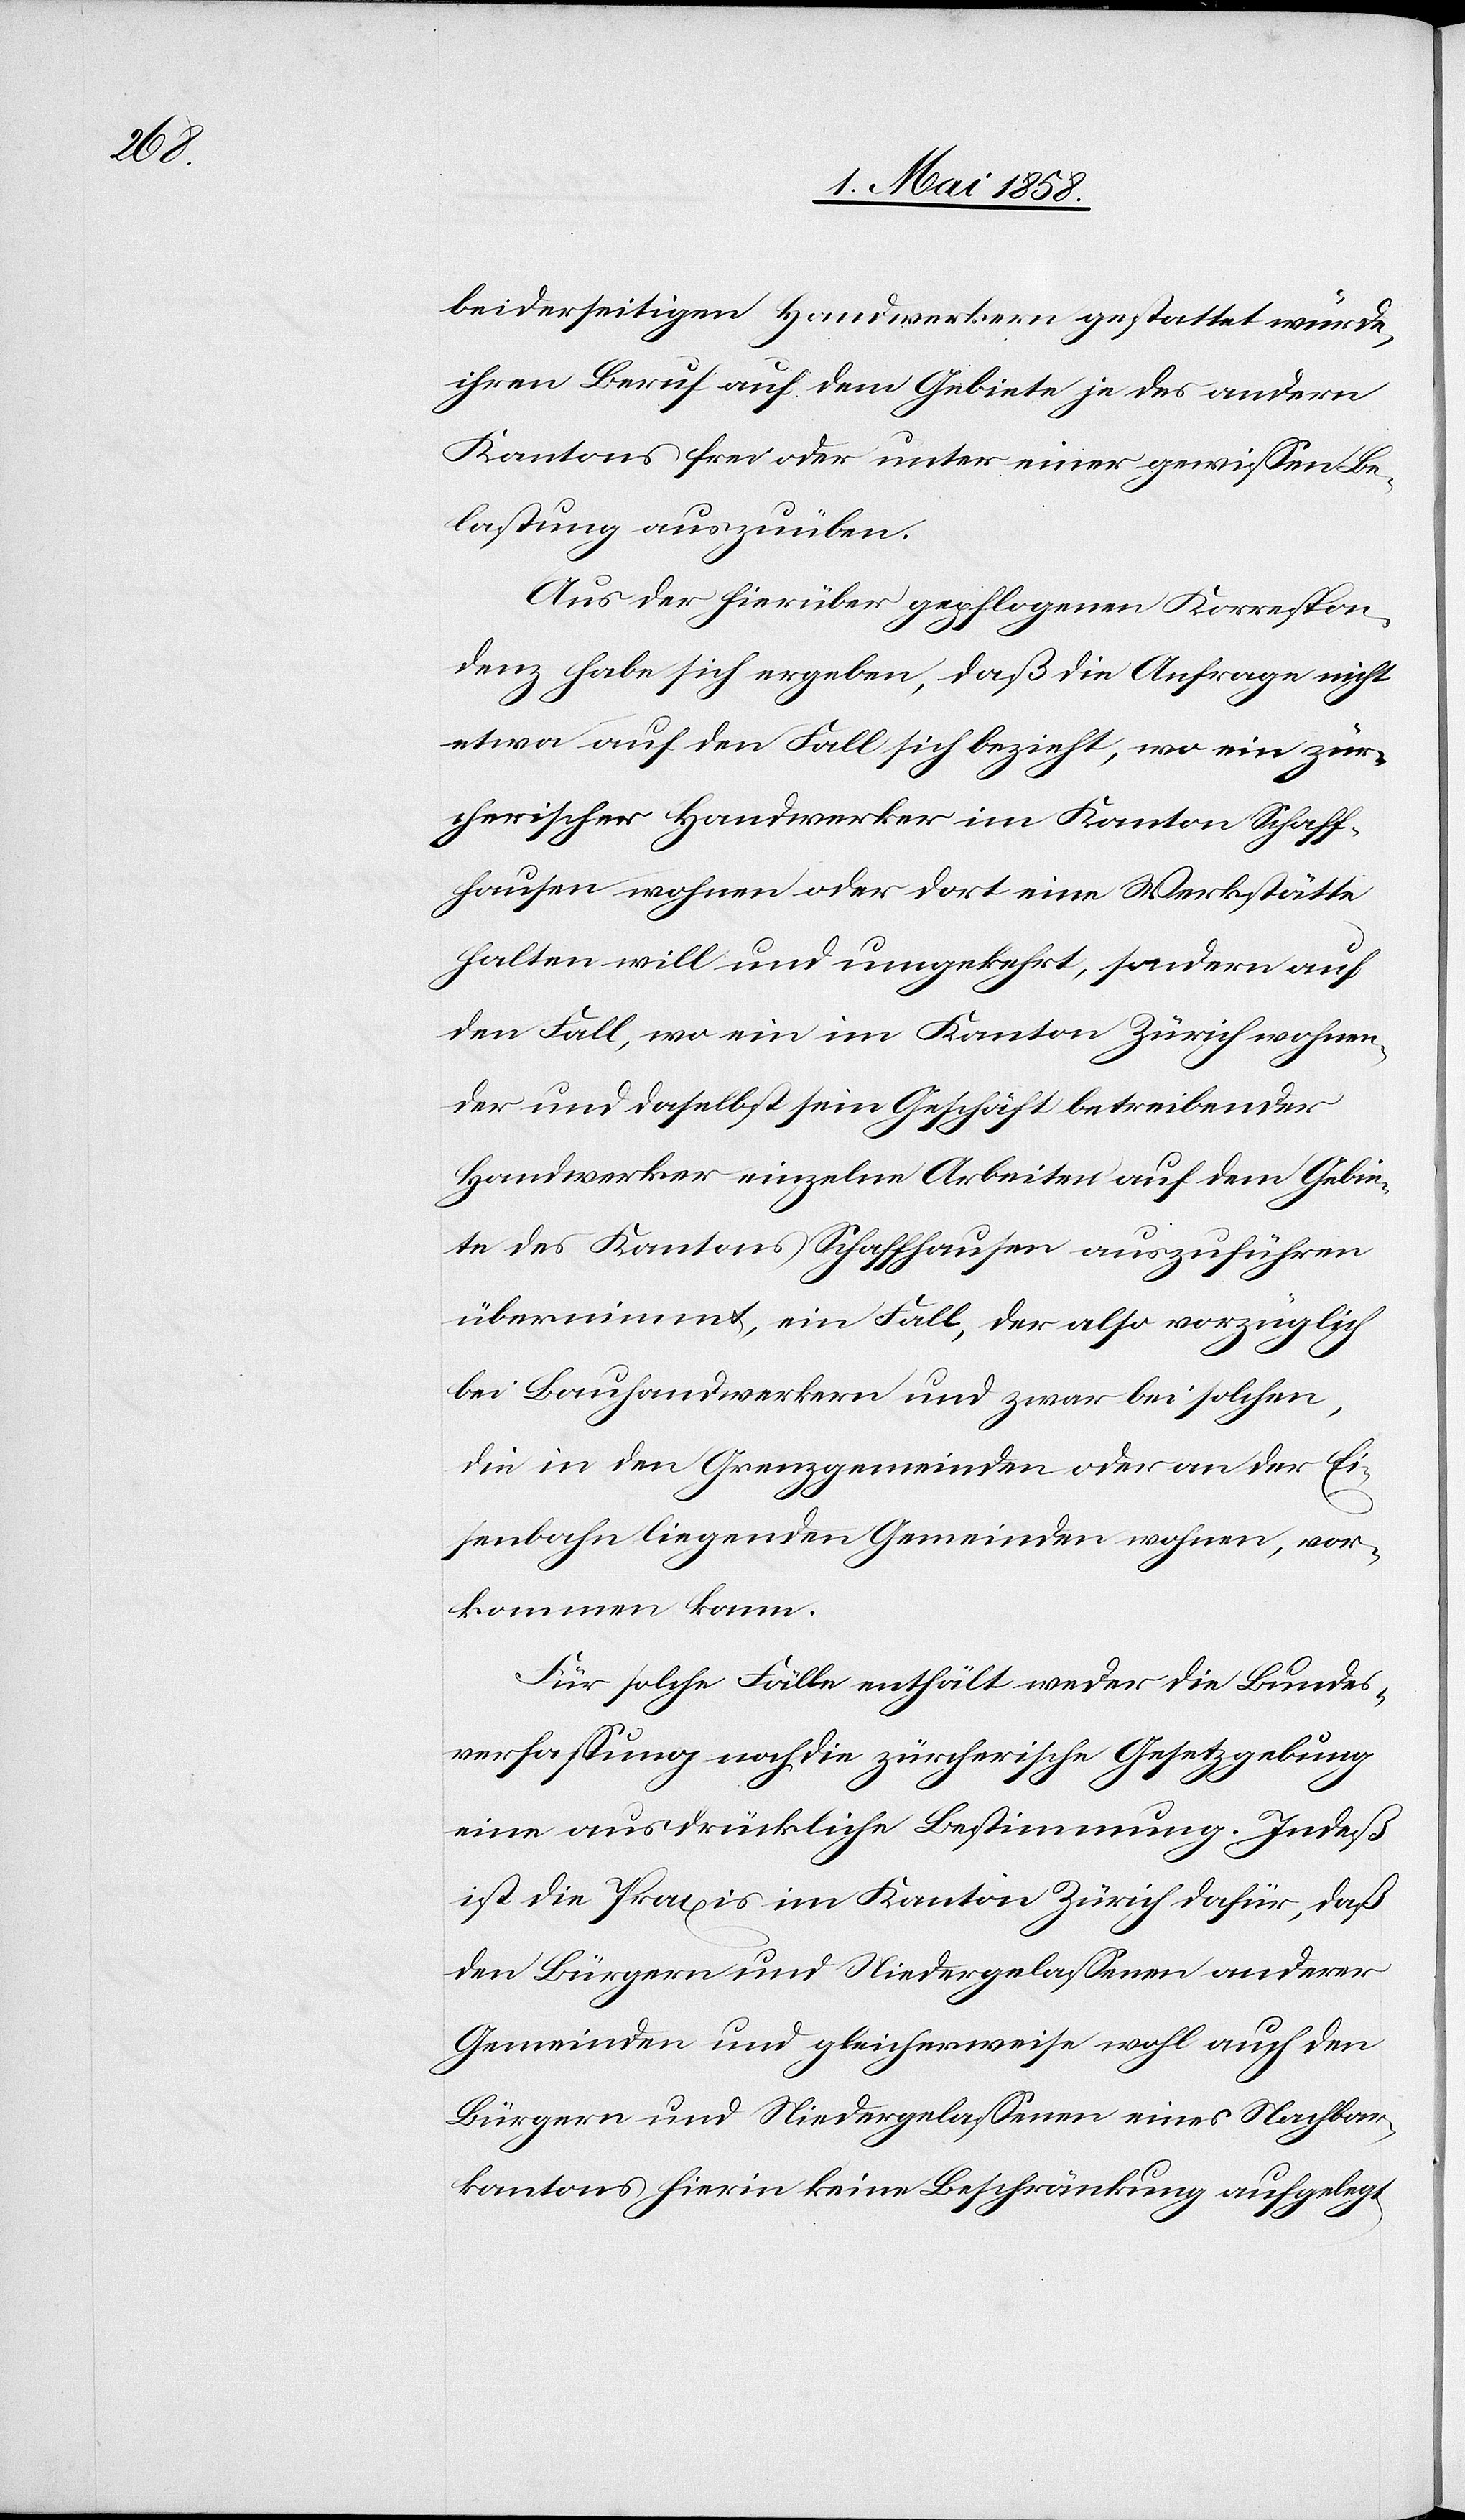
beiderseitigen Handwerkern gestattet würde,
ihren Beruf auf dem Gebiete je des andern
Kantons frei oder unter einer gewissen Be¬
lastung auszuüben.
Aus der hierüber gepflogenen Korrespon¬
denz habe sich ergeben, daß die Anfrage nicht
etwa auf den Fall sich bezieht, wo ein zür¬
cherischer Handwerker im Kanton Schaff¬
hausen wohnen oder dort eine Werkstätte
halten will und umgekehrt, sondern auf
den Fall, wo ein im Kanton Zürich wohnen¬
der und daselbst sein Geschäft betreibender
Handwerker einzelne Arbeiten auf dem Gebie¬
te des Kantons Schaffhausen auszuführen
übernimmt, ein Fall, der also vorzüglich
bei Bauhandwerkern und zwar bei solchen,
die in den Grenzgemeinden oder an der Ei¬
senbahn liegenden Gemeinden wohnen, vor¬
kommen kann.
Für solche Fälle enthält weder die Bundes¬
verfassung noch die zürcherische Gesetzgebung
eine ausdrückliche Bestimmung. Indeß
ist die Praxis im Kanton Zürich dafür, daß
den Bürgern und Niedergelassenen anderer
Gemeinden und gleicherweise wohl auch den
Bürgern und Niedergelassenen eines Nachbar¬
kantons hierin keine Beschränkung aufgelegt